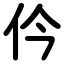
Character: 仱